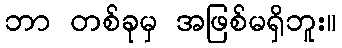
ဘာ တစ်ခုမှ အဖြစ်မရှိဘူး။